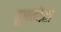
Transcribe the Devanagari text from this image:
ड्रुपकोटा